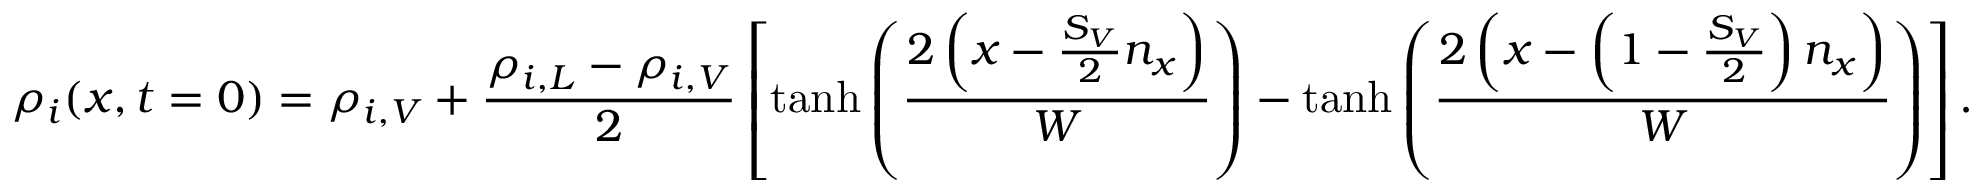
\rho _ { i } ( x , t = 0 ) = \rho _ { i , V } + \frac { \rho _ { i , L } - \rho _ { i , V } } { 2 } \left[ \operatorname { t a n h } { \left( \frac { 2 \left( x - \frac { S _ { V } } { 2 } n _ { x } \right) } { W } \right) } - \operatorname { t a n h } { \left( \frac { 2 \left( x - \left( 1 - \frac { S _ { V } } { 2 } \right) n _ { x } \right) } { W } \right) } \right] .